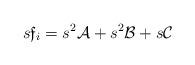
LaTeX: \begin{align*}s\mathfrak{f}_i=s^{2}\mathcal{A}+s^2\mathcal{B}+s\mathcal{C}\end{align*}